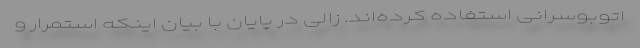
اتوبوسرانی استفاده کرده‌اند. زالی در پایان با بیان اینکه استمرار و